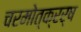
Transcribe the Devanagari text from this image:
चरमोत्क्रर्ष